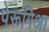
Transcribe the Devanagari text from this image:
पेरूगिआ